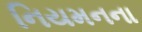
નિયમનના